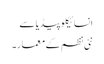
انسائیکلو پیڈیا سے
نئی نظم کے معمار۔